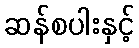
ဆန်စပါးနှင့်